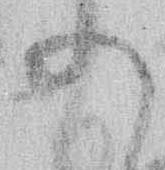
の